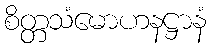
စိတ္တသံမောဟနဋ္ဌာနံ